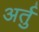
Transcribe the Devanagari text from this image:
अर्तु